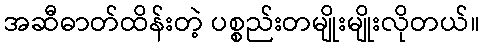
အဆီဓာတ်ထိန်းတဲ့ ပစ္စည်းတမျိုးမျိုးလိုတယ်။